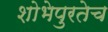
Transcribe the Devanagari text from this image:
शोभेपुरतेच